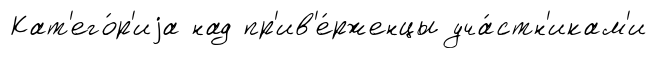
Кат'его́р'иjа над пр'ив'е́рженцы уча́стн'икам'и